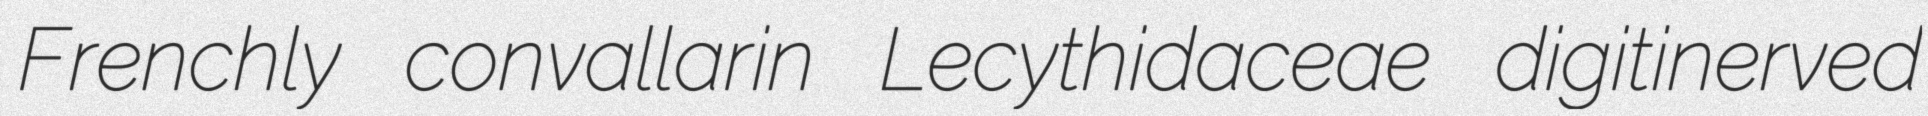
Frenchly convallarin Lecythidaceae digitinerved